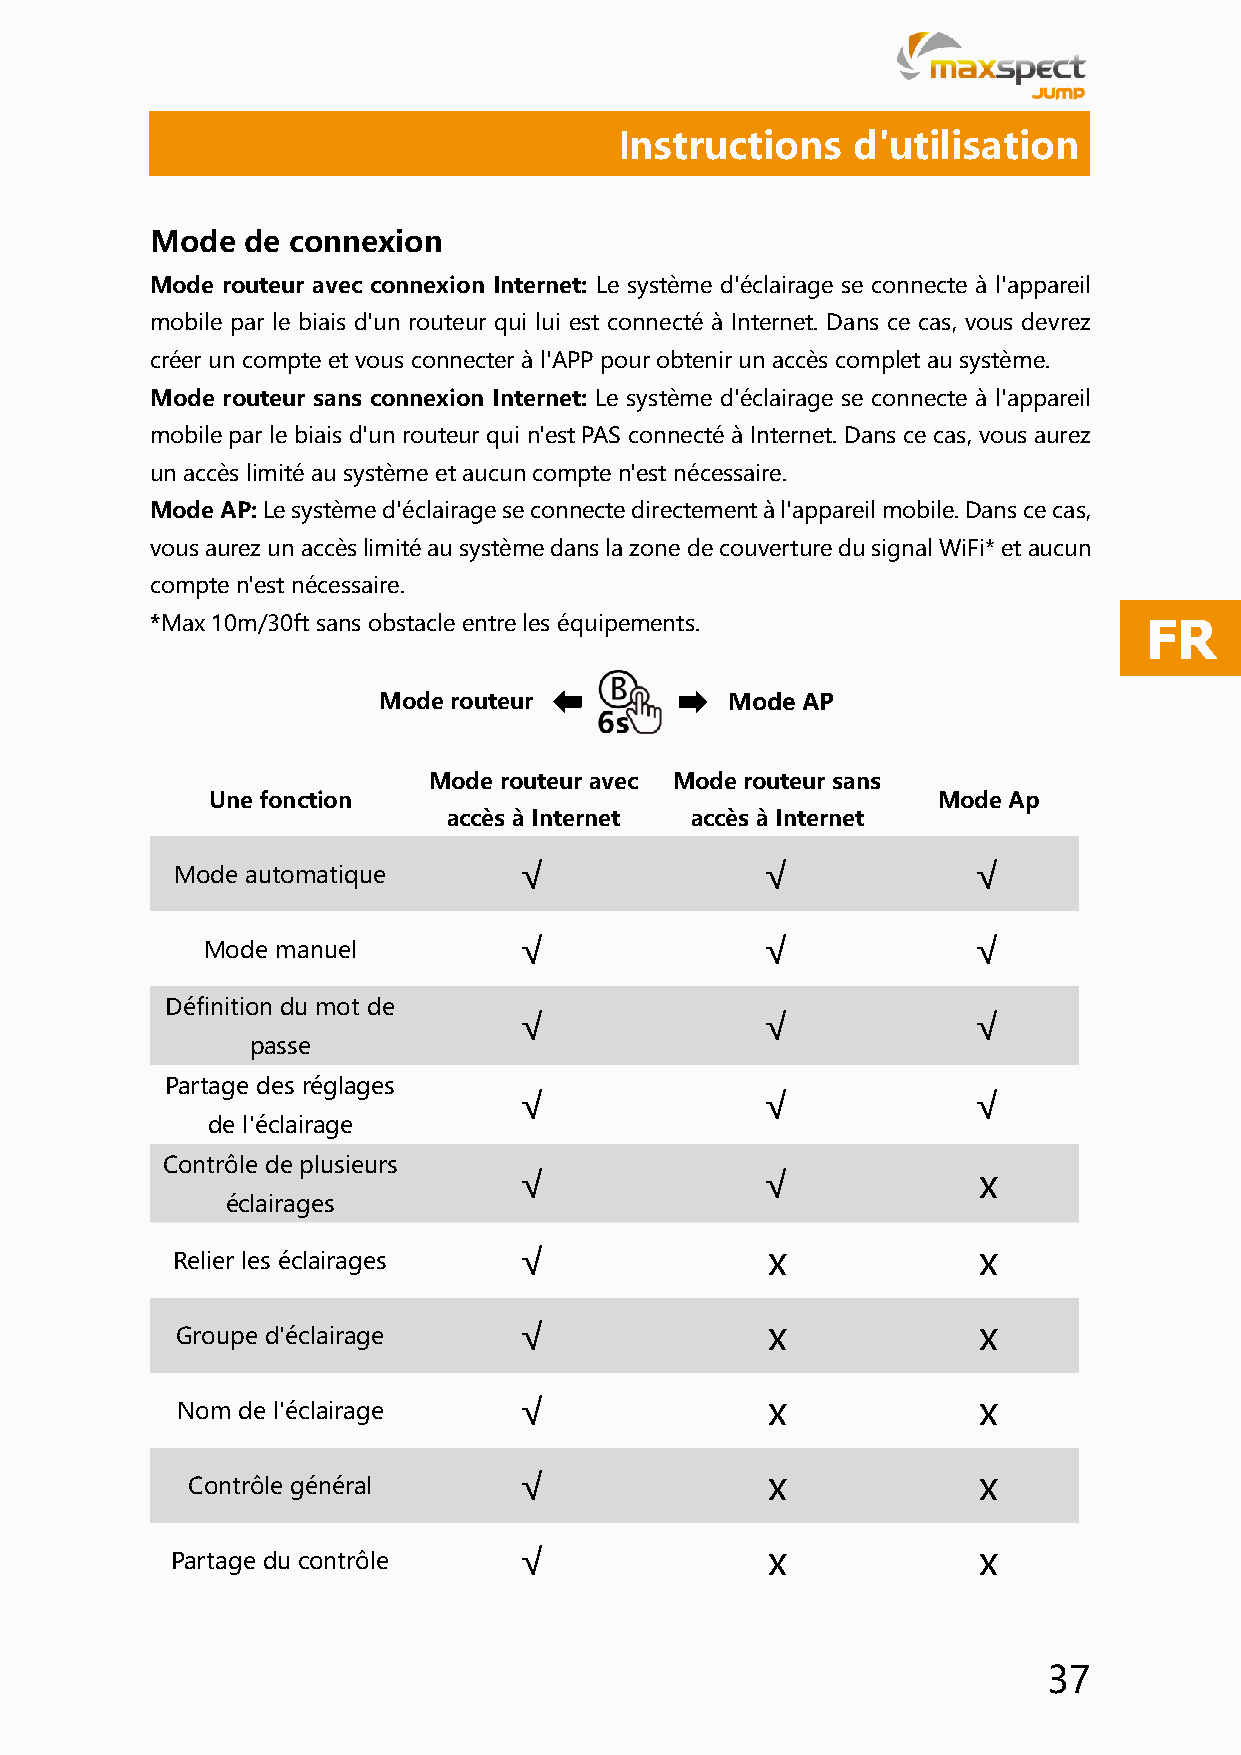
Instructions   d'utilisation
 Mode  de connexion
 Mode routeur avec connexion Internet: Le système d'éclairage se connecte à l'appareil
 mobile par le biais d'un routeur qui lui est connecté à Internet. Dans ce cas, vous devrez
 créer un compte et vous connecter à l'APP pour obtenir un accès complet au système.
 Mode routeur sans connexion Internet: Le système d'éclairage se connecte à l'appareil
 mobile par le biais d'un routeur qui n'est PAS connecté à Internet. Dans ce cas, vous aurez
 un accès limité au système et aucun compte n'est nécessaire.
 Mode AP: Le système d'éclairage se connecte directement à l'appareil mobile. Dans ce cas,
 vous aurez un accès limité au système dans la zone de couverture du signal WiFi* et aucun
 compte n'est nécessaire.
 *Max 10m/30ft sans obstacle entre les équipements.                FR
 Mode routeur           Mode AP
 Mode routeur avec Mode routeur sans
 Une fonction                                    Mode Ap
 accès à Internet accès à Internet
 Mode automatique      √                √             √
 Mode manuel          √                √             √
 Définition du mot de
 √                √             √
 passe
 Partage des réglages
 √                √             √
 de l'éclairage
 Contrôle de plusieurs
 √                √             x
 éclairages
 Relier les éclairages  √                x             x
 Groupe d'éclairage    √                x             x
 Nom de l'éclairage    √                x             x
 Contrôle général      √                x             x
 Partage du contrôle    √                x             x
 37